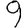
Digit: 9